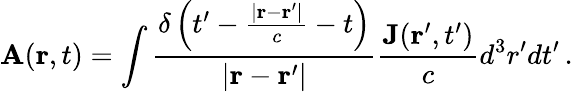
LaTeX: \mathbf{A}(\mathbf{r},t)=\int{\frac{\delta\left(t^{\prime}-{\frac{\left|\mathbf{r}-\mathbf{r}^{\prime}\right|}{c}}-t\right)}{\left|\mathbf{r}-\mathbf{r}^{\prime}\right|}}{\frac{\mathbf{J}(\mathbf{r}^{\prime},t^{\prime})}{c}}d^{3}r^{\prime}dt^{\prime}\, .